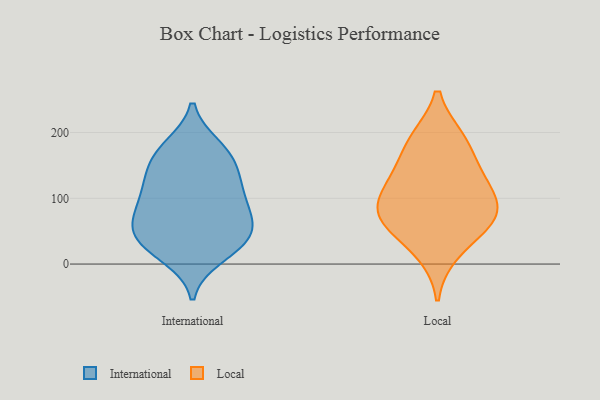
{"axis": {"x": "Shipments", "y": "Value"}, "legend": ["International", "Local"], "data": [{"x": "", "y": 172, "type": "International"}, {"x": "", "y": 83, "type": "International"}, {"x": "", "y": 172, "type": "International"}, {"x": "", "y": 133, "type": "International"}, {"x": "", "y": 179, "type": "International"}, {"x": "", "y": 111, "type": "International"}, {"x": "", "y": 134, "type": "International"}, {"x": "", "y": 46, "type": "International"}, {"x": "", "y": 68, "type": "International"}, {"x": "", "y": 55, "type": "International"}, {"x": "", "y": 52, "type": "International"}, {"x": "", "y": 42, "type": "International"}, {"x": "", "y": 28, "type": "International"}, {"x": "", "y": 21, "type": "International"}, {"x": "", "y": 11, "type": "International"}, {"x": "", "y": 145, "type": "International"}, {"x": "", "y": 94, "type": "International"}, {"x": "", "y": 97, "type": "International"}, {"x": "", "y": 17, "type": "Local"}, {"x": "", "y": 87, "type": "Local"}, {"x": "", "y": 190, "type": "Local"}, {"x": "", "y": 72, "type": "Local"}, {"x": "", "y": 129, "type": "Local"}, {"x": "", "y": 190, "type": "Local"}, {"x": "", "y": 88, "type": "Local"}, {"x": "", "y": 63, "type": "Local"}, {"x": "", "y": 58, "type": "Local"}, {"x": "", "y": 147, "type": "Local"}, {"x": "", "y": 118, "type": "Local"}]}